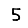
Digit: 5